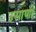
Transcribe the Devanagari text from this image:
उसाणी